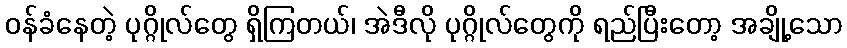
ဝန်ခံနေတဲ့ ပုဂ္ဂိုလ်တွေ ရှိကြတယ်၊ အဲဒီလို ပုဂ္ဂိုလ်တွေကို ရည်ပြီးတော့ အချို့သော